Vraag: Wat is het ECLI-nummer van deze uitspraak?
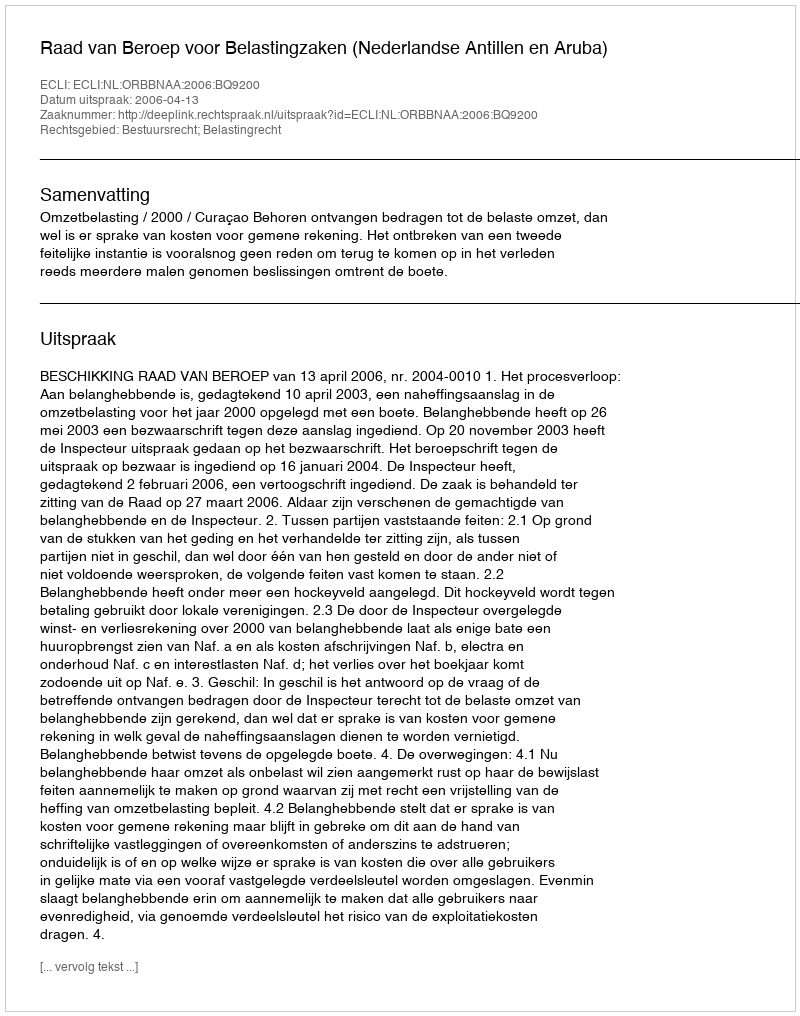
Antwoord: ECLI:NL:ORBBNAA:2006:BQ9200